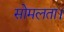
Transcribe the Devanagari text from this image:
सोमलता।